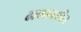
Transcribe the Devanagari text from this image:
ढाकामधील